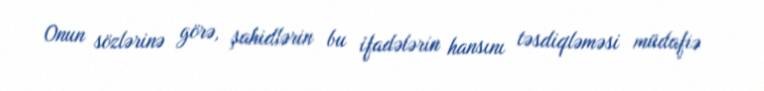
Onun sözlərinə görə, şahidlərin bu ifadələrin hansını təsdiqləməsi müdafiə